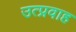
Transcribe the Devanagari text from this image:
उत्प्रवाह